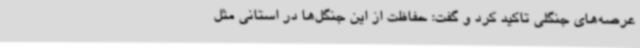
عرصه‌های جنگلی تاکید کرد و گفت: حفاظت از این جنگل‌ها در استانی مثل